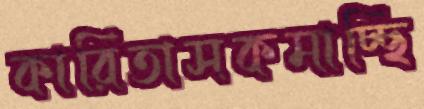
কারিতাসকমাচ্ছি